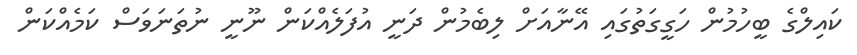
ކައިލްގެ ބީހުމުން ހަގީގަތުގައި އޭނާއަށް ލިބެމުން ދަނީ އުފަލެއްކަން ނޫނީ ނުތަނަވަސް ކަމެއްކަން